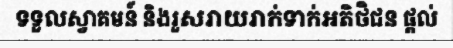
ទទួលស្វាគមន៍ និងរួសរាយរាក់ទាក់អតិថិជន ផ្តល់